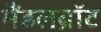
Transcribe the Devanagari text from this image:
मैंडलब्रॉट